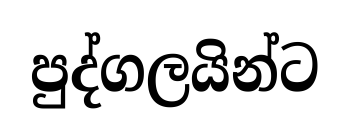
පුද්ගලයින්ට